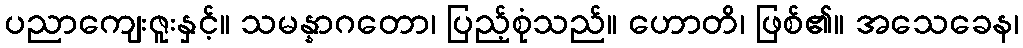
ပညာကျေးဇူးနှင့်။ သမန္နာဂတော၊ ပြည့်စုံသည်။ ဟောတိ၊ ဖြစ်၏။ အသေခေန၊